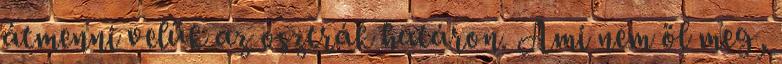
átmenni velük az osztrák határon. Ami nem öl meg,